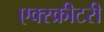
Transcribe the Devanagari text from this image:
एक्स्क्रीटरी